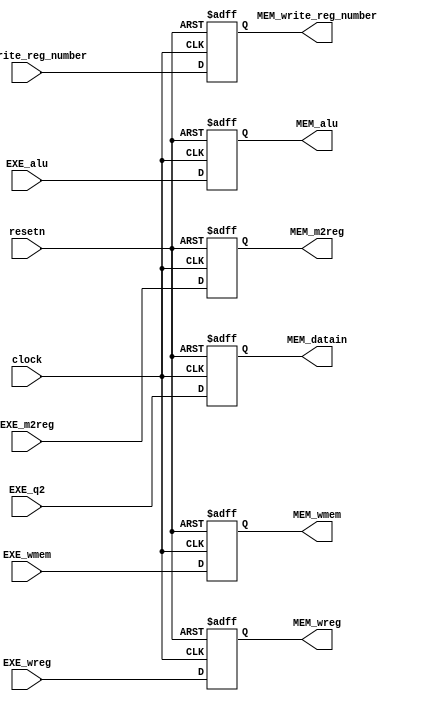
`default_nettype none

module pipe_reg_EXE_MEM(
    input clock, 
    input resetn, 
    input EXE_wreg, 
    input EXE_m2reg, 
    input EXE_wmem, 
    input [31: 0] EXE_alu, 
    input [31: 0] EXE_q2, 
    input [4: 0] EXE_write_reg_number, 

    output reg MEM_wreg, 
    output reg MEM_m2reg, 
    output reg MEM_wmem, 
    output reg [31: 0] MEM_alu, 
    output reg [31: 0] MEM_datain, 
    output reg [4: 0] MEM_write_reg_number
);
    // EXE/MEM 

    always @ (posedge clock or negedge resetn)
    begin
        if (resetn == 0) begin
            MEM_wreg <= 0;
            MEM_m2reg <= 0;
            MEM_wmem <= 0;
            MEM_alu <= 0;
            MEM_datain <= 0;
            MEM_write_reg_number <= 0;
        end else begin
            MEM_wreg <= EXE_wreg;
            MEM_m2reg <= EXE_m2reg;
            MEM_wmem <= EXE_wmem;
            MEM_alu <= EXE_alu;
            MEM_datain <= EXE_q2;
            MEM_write_reg_number <= EXE_write_reg_number;
        end 
    end

endmodule